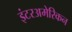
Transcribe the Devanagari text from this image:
इंटरअमेरिकन